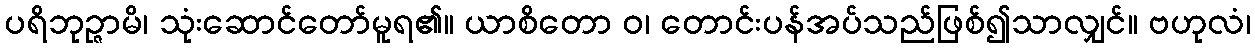
ပရိဘုဉ္ဇာမိ၊ သုံးဆောင်တော်မူရ၏။ ယာစိတော ဝ၊ တောင်းပန်အပ်သည်ဖြစ်၍သာလျှင်။ ဗဟုလံ၊